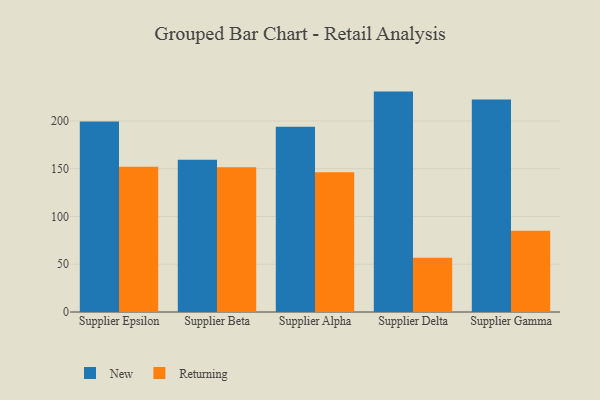
{"axis": {"x": "Supplier", "y": "Churn Rate (%)"}, "legend": ["New", "Returning"], "data": [{"x": "Supplier Epsilon", "y": 199.3, "type": "New"}, {"x": "Supplier Epsilon", "y": 152.0, "type": "Returning"}, {"x": "Supplier Beta", "y": 159.3, "type": "New"}, {"x": "Supplier Beta", "y": 151.5, "type": "Returning"}, {"x": "Supplier Alpha", "y": 193.9, "type": "New"}, {"x": "Supplier Alpha", "y": 146.3, "type": "Returning"}, {"x": "Supplier Delta", "y": 230.7, "type": "New"}, {"x": "Supplier Delta", "y": 56.9, "type": "Returning"}, {"x": "Supplier Gamma", "y": 222.3, "type": "New"}, {"x": "Supplier Gamma", "y": 85.0, "type": "Returning"}]}